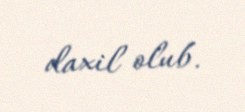
daxil olub.